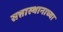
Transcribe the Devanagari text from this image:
सत्तास्थानाच्या